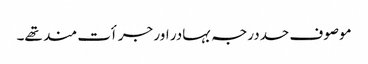
موصوف حددرجہ بہادر اور جرأت مند تھے۔